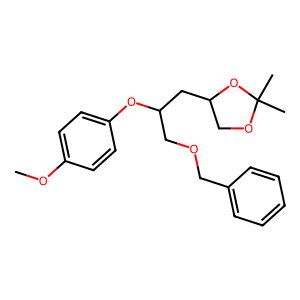
SMILES: COc1ccc(OC(COCc2ccccc2)CC2COC(C)(C)O2)cc1
Inhibits HIV replication: No